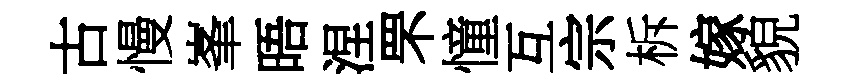
古慢峯晤涅罘憧互宗柝嫁貌